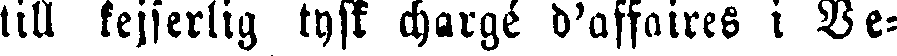
till kejserlig tyst chargé d'affaires i Ve-